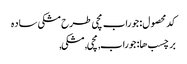
کد محصول: جوراب مچی طرح مشکی ساده
برچسب ها: جوراب, مچی, مشکی,